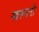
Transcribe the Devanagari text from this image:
स्वरुपनी